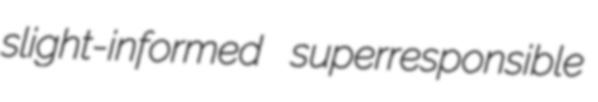
slight-informed superresponsible